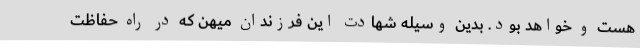
هست و خواهد بود. بدین وسیله شهادت این فرزندان میهن که در راه حفاظت